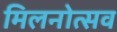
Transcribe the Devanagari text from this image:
मिलनोत्सव